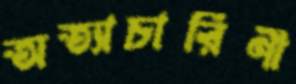
অত্যাচারিণী